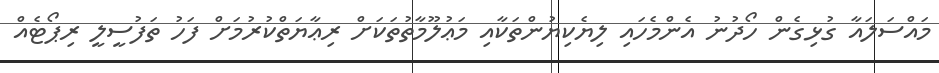
މައްސަލައާ ގުޅިގެން ހޯދުނު އެންމެހައި ލިޔެކިޔުންތަކާއި މަޢުލޫމާތުތަކަށް ރިޢާޔަތްކުރުމަށް ފަހު ތަފުސީލީ ރިޕޯޓެއް